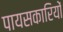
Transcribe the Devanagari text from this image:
पायसकारियों